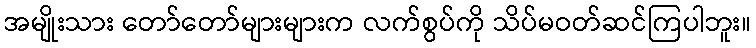
အမျိုးသား တော်တော်များများက လက်စွပ်ကို သိပ်မဝတ်ဆင်ကြပါဘူး။